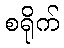
စရိုက်